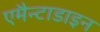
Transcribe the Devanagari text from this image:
एमैन्टाडाइन